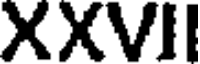
XXVII